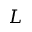
L